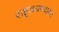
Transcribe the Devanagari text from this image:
राष्ट्राध्यपदावर